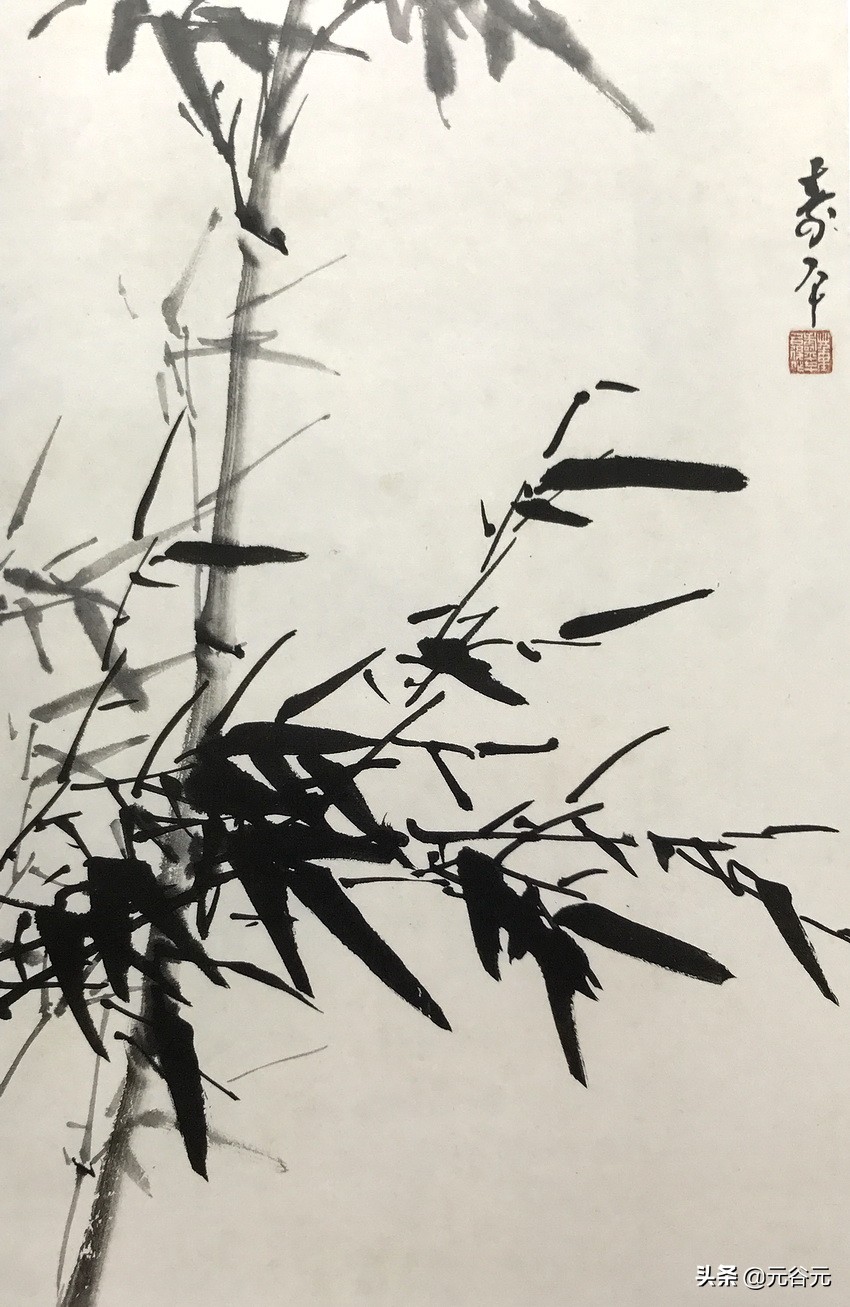
山甫归应疾，留侯功复成。